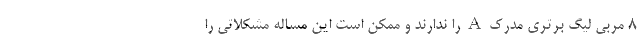
8 مربی لیگ برتری مدرک A را ندارند و ممکن است این مساله مشکلاتی را